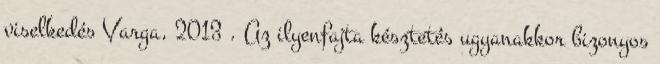
viselkedés Varga, 2013 . Az ilyenfajta késztetés ugyanakkor bizonyos